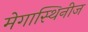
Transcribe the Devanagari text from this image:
मेगास्थिनीज